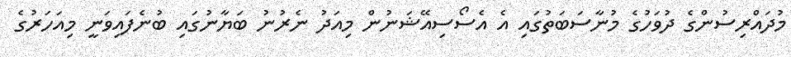
މުދައްރިސުންގެ ދުވަހުގެ މުނާސަބަތުގައި އެ އެސޯސިއޭޝަނުން މިއަދު ނެރުނު ބަޔާނުގައި ބުނެފައިވަނީ މިއަހަރުގެ